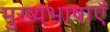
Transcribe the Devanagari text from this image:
मुख्यभाषाएँ